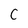
Character: C